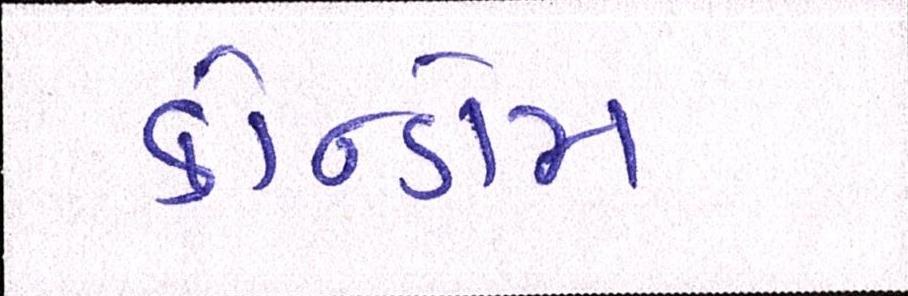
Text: કોન્ડોમ